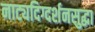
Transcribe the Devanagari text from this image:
नाट्यदिग्दर्शनसुद्धा